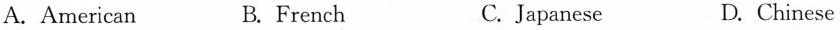
A. American B. French C. Japanese D. Chinese